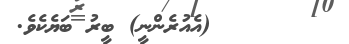
١٨       (އެއުރެންނީ) ބީރު ބަޔެކެވެ.